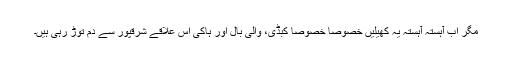
مگر اب آہستہ آہستہ یہ کھیلیں خصوصا خصوصا کبڈی، والی بال اور ہاکی اس علاقے شرقپور سے دم توڑ رہی ہیں۔